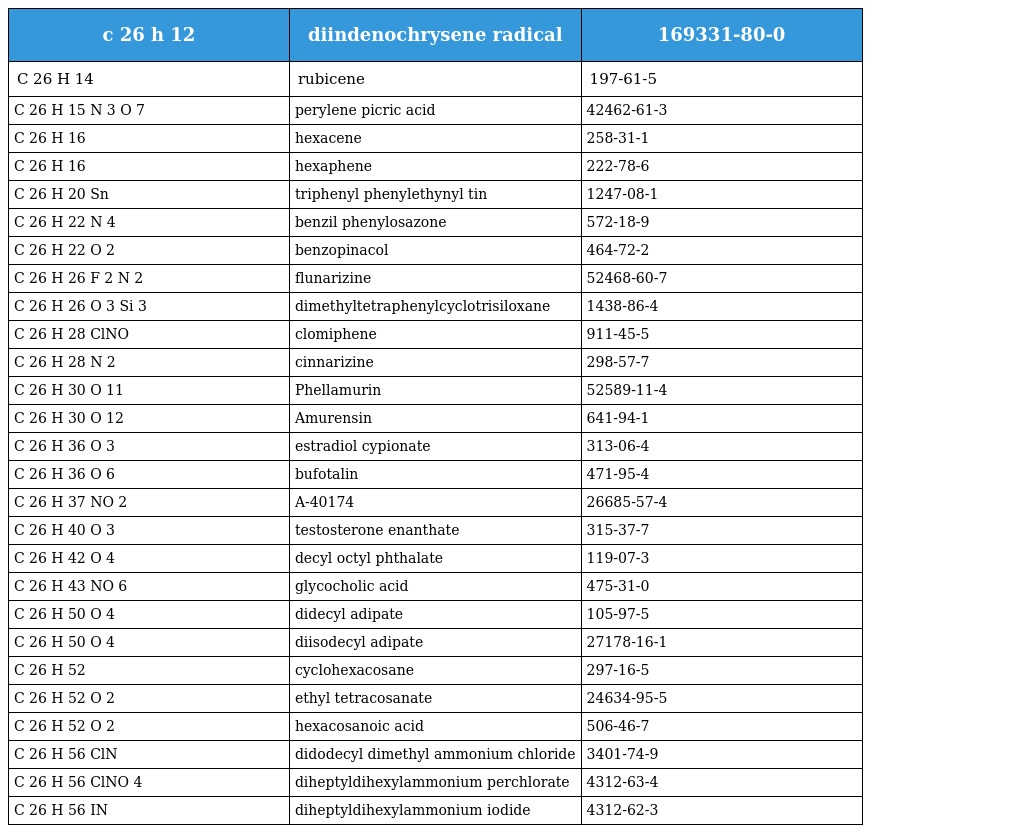
| c 26 h 12 | diindenochrysene radical | 169331-80-0 |
 | --- | --- | --- |
 | C 26 H 14 | rubicene | 197-61-5 |
 | C 26 H 15 N 3 O 7 | perylene picric acid | 42462-61-3 |
 | C 26 H 16 | hexacene | 258-31-1 |
 | C 26 H 16 | hexaphene | 222-78-6 |
 | C 26 H 20 Sn | triphenyl phenylethynyl tin | 1247-08-1 |
 | C 26 H 22 N 4 | benzil phenylosazone | 572-18-9 |
 | C 26 H 22 O 2 | benzopinacol | 464-72-2 |
 | C 26 H 26 F 2 N 2 | flunarizine | 52468-60-7 |
 | C 26 H 26 O 3 Si 3 | dimethyltetraphenylcyclotrisiloxane | 1438-86-4 |
 | C 26 H 28 ClNO | clomiphene | 911-45-5 |
 | C 26 H 28 N 2 | cinnarizine | 298-57-7 |
 | C 26 H 30 O 11 | Phellamurin | 52589-11-4 |
 | C 26 H 30 O 12 | Amurensin | 641-94-1 |
 | C 26 H 36 O 3 | estradiol cypionate | 313-06-4 |
 | C 26 H 36 O 6 | bufotalin | 471-95-4 |
 | C 26 H 37 NO 2 | A-40174 | 26685-57-4 |
 | C 26 H 40 O 3 | testosterone enanthate | 315-37-7 |
 | C 26 H 42 O 4 | decyl octyl phthalate | 119-07-3 |
 | C 26 H 43 NO 6 | glycocholic acid | 475-31-0 |
 | C 26 H 50 O 4 | didecyl adipate | 105-97-5 |
 | C 26 H 50 O 4 | diisodecyl adipate | 27178-16-1 |
 | C 26 H 52 | cyclohexacosane | 297-16-5 |
 | C 26 H 52 O 2 | ethyl tetracosanate | 24634-95-5 |
 | C 26 H 52 O 2 | hexacosanoic acid | 506-46-7 |
 | C 26 H 56 ClN | didodecyl dimethyl ammonium chloride | 3401-74-9 |
 | C 26 H 56 ClNO 4 | diheptyldihexylammonium perchlorate | 4312-63-4 |
 | C 26 H 56 IN | diheptyldihexylammonium iodide | 4312-62-3 |